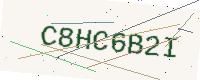
Text: C8HC6B2I